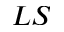
L S